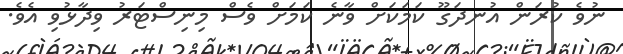
ނުވެ ކުރަން އުނދަގޫ ކަމަކަށް ވާނެ ކަމަށް ވެސް މިނިސްޓަރު ވިދާޅުވި އެވެ.